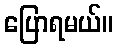
ပြောရမယ်။